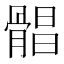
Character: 𩩫